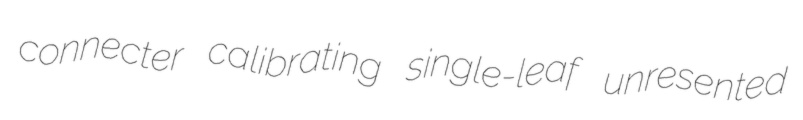
connecter calibrating single-leaf unresented